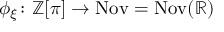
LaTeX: \phi _ { \xi } \colon \mathbb { Z } [ \pi ] \to \operatorname { N o v } = \operatorname { N o v } ( \mathbb { R } )